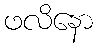
ဖလိနော